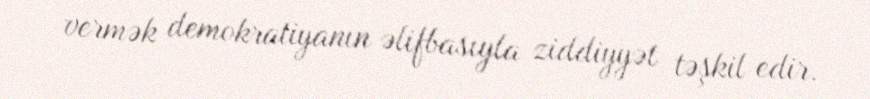
vermək demokratiyanın əlifbasıyla ziddiyyət təşkil edir.